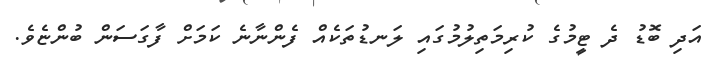
އަދި ބޮޑު ދެ ޓީމުގެ ކުރިމަތިލުމުގައި ލަނޑުތަކެއް ފެންނާނެ ކަމަށް ފާގަސަން ބުންޏެވެ.